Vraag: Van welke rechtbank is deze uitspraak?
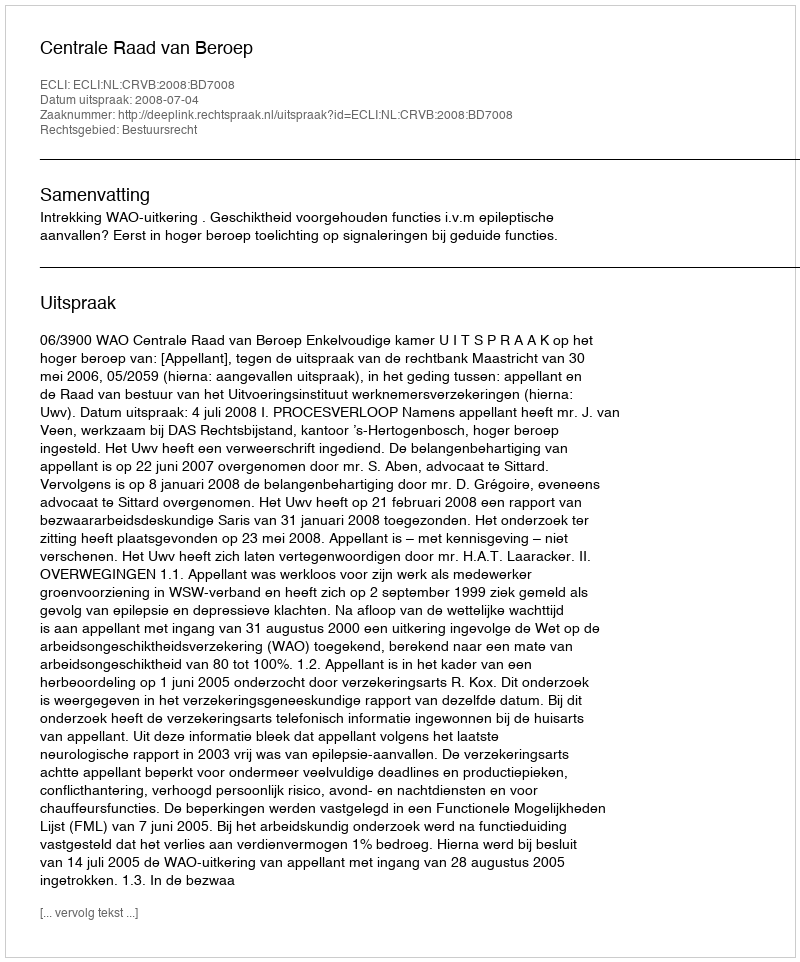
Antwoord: Centrale Raad van Beroep